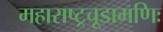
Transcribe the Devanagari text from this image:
महाराष्ट्रचूडामणिः